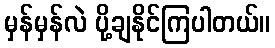
မှန်မှန်လဲ ပို့ချနိုင်ကြပါတယ်။